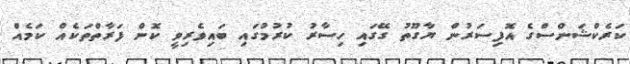
ކަރެކްޝަންސްގެ އޮފިސަރުން ޔާގޫތު ގޭގައި ހިސާރު ކުރުމުގައި ބައިވެރިވީ ކޮން ފަރާތްތަކެއް ކަމެއް